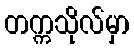
တက္ကသိုလ်မှာ